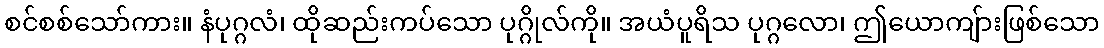
စင်စစ်သော်ကား။ နံပုဂ္ဂလံ၊ ထိုဆည်းကပ်သော ပုဂ္ဂိုလ်ကို။ အယံပူရိသ ပုဂ္ဂလော၊ ဤယောကျ်ားဖြစ်သော